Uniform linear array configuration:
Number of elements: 24
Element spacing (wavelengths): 0.5
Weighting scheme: binomial
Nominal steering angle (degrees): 30
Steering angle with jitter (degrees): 29.214
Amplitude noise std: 0.05
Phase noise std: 0.05

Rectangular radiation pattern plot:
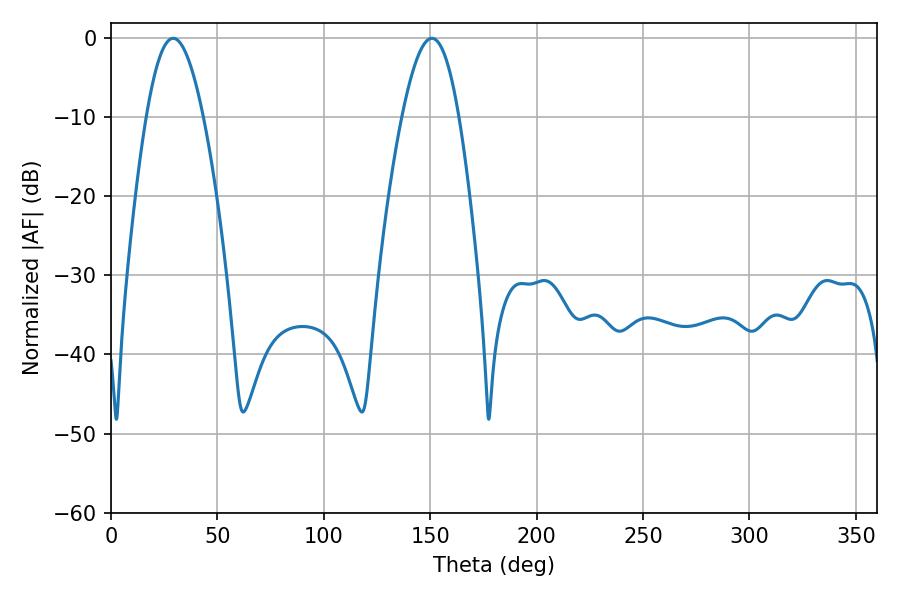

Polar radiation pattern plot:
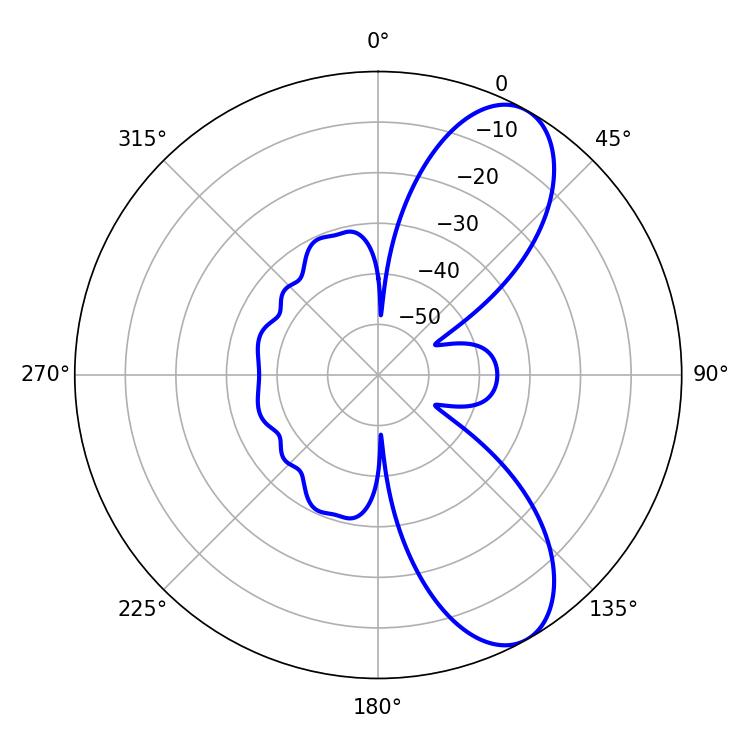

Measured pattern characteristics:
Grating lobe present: FALSE
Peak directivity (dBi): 8.715
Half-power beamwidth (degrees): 14.58
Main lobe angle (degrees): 29.16